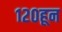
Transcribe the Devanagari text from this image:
१२०हून